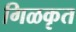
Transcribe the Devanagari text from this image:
गिळकृत